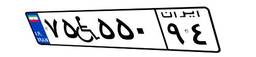
۷۵W۵۵۰۹۴